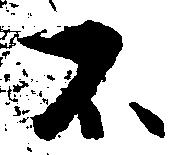
不